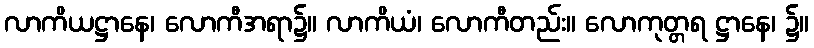
လာကိယဋ္ဌာနေ၊ လောကီအရာ၌။ လာကိယံ၊ လောကီတည်း။ လောကုတ္တရ ဋ္ဌာနေ၊ ၌။